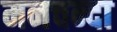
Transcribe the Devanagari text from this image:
मनचन्दा